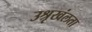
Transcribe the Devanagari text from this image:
उश्रृखंलता